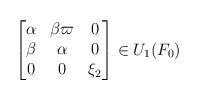
\begin{align*} \begin{bmatrix}\alpha & \beta \varpi & 0\\\beta & \alpha & 0\\0 & 0 & \xi_2\end{bmatrix}\in U_1(F_0)\end{align*}